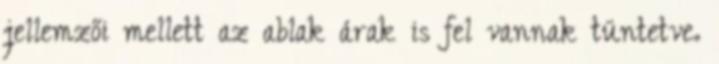
jellemzői mellett az ablak árak is fel vannak tüntetve.